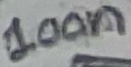
Text: 100n